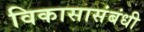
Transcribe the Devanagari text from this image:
विकासासंबंधी